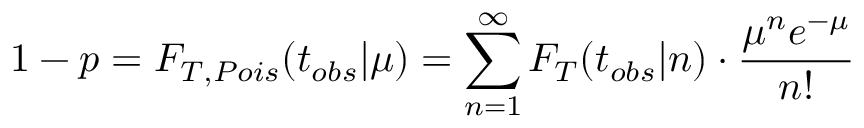
1 - p = F _ { T , P o i s } ( t _ { o b s } | \mu ) = \sum _ { n = 1 } ^ { \infty } F _ { T } ( t _ { o b s } | n ) \cdot \frac { \mu ^ { n } e ^ { - \mu } } { n ! }